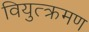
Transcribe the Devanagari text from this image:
वियुत्क्रमण